Scottish Leaving Certificate Examination, 1958
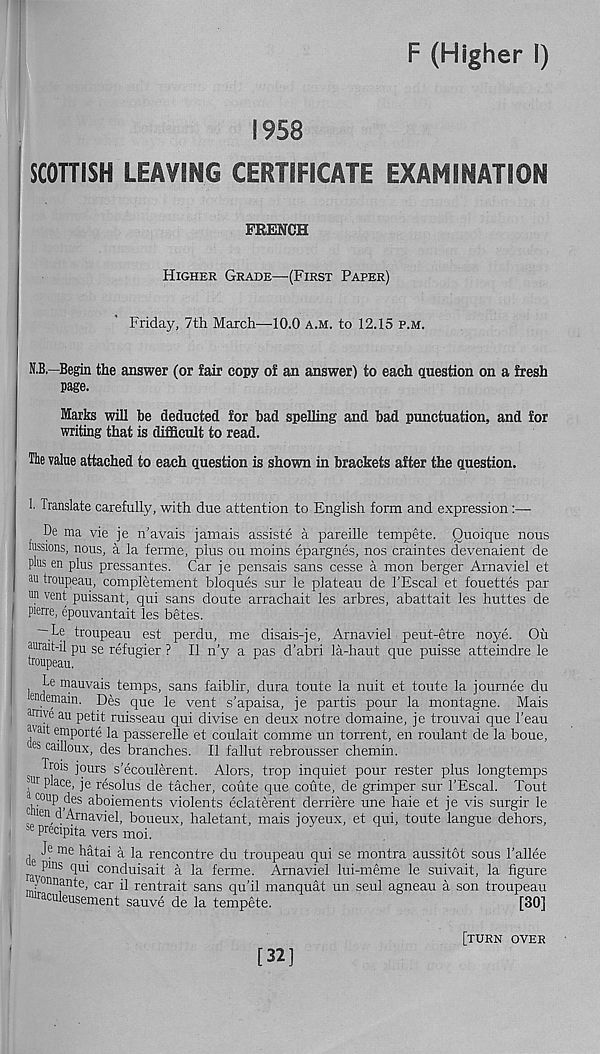
F (Higher I)
1958
SCOTTISH LEAVING CERTIFICATE EXAMINATION
FRENCH
Higher Grade—(First Paper)
Friday, 7th March—-10.0 a.m. to 12.15 p.m.
N.B.—Begin the answer (or fair copy of an answer) to each question on a fresh
page.
Marks will he deducted for bad spelling and had punctuation, and for
writing that is difficult to read.
i The value attached to each question is shown in brackets after the question.
1. Translate carefully, with due attention to English form and expression:—
De ma vie je n'avais jamais assiste a pareille tempete. Quoique nous
iussions, nous, a la ferme, plus ou moins epargnes, nos craintes devenaient de
plus en plus pressantes. Car je pensais sans cesse a mon berger Arnaviel et
au houpeau, completement bloques sur le plateau de TEscal et fouettes par
un vent puissant, qui sans doute arrachait les arbres, abattait les huttes de
Pierre, epouvantait les betes.
— Le troupeau est perdu, me disais-je, Arnaviel peut-etre noye. Ou
uurait-il pu se refugier ? II n’y a pas d’abri la-haut que puisse atteindre le
troupeau.
Le mauvais temps, sans faiblir, dura toute la nuit et toute la journee du
enctemam. Des que le vent s’apaisa, je partis pour la montagne. Mais
wive au petit ruisseau qui divise en deux notre domaine, je trouvai que 1’eau
ivau emporte la passerelle et coulait comme un torrent, en roulant de la boue,
e s cailloux, des branches. II fallut rebrousser chemin.
Trois jours s’ecoulerent. Alors, trop inquiet pour rester plus longtemps
? ur P^a ce - je resolus de tacher, coute que coute, de grimper sur I’Escal. Tout
coup des aboiements violents eclaterent derriere une haie et je vis surgir le
uen d Arnaviel, boueux, haletant, mais joyeux, et qui, toute langue dehors,
se precipita vers moi.
k me hatai a la rencontre du troupeau qui se montra aussitot sous bailee
r ,P lns dui conduisait a la ferme. Arnaviel lui-meme le suivait, la figure
yonnante, car il rentrait sans qu'il manquat un seul agneau a son troupeau
raculeusement sauve de la tempete.
[30]
[32]
[turn over